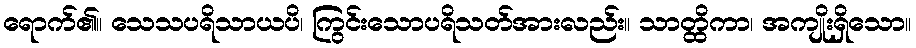
ရောက်၏။ သေသပရိသာယပိ၊ ကြွင်းသောပရိသတ်အားလည်း။ သာတ္ထိကာ၊ အကျိုးရှိသော။